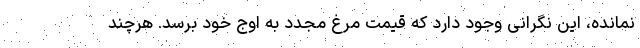
نمانده، این نگرانی وجود دارد که قیمت مرغ مجدد به اوج خود برسد. هرچند